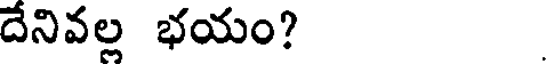
దేనివల్ల భయం?